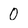
Character: 0